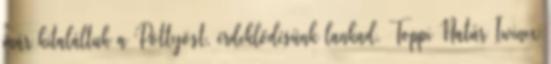
már kitaláltuk a Pöttyöst, érdeklődésünk lankad. Toppi Natúr Iwinex